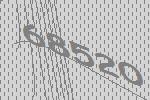
68520